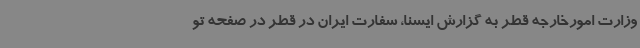
وزارت امورخارجه قطر به گزارش ایسنا، سفارت ایران در قطر در صفحه تو